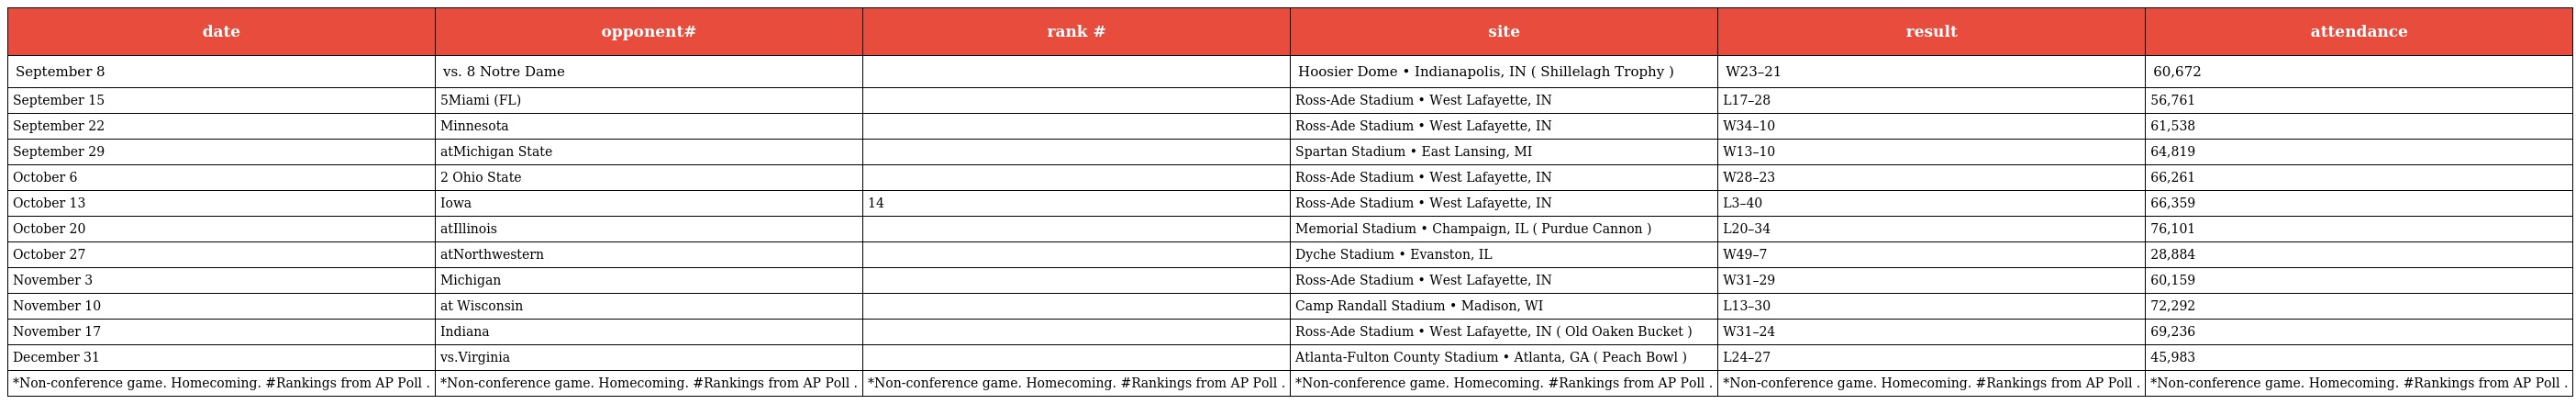
| date | opponent# | rank # | site | result | attendance |
 | --- | --- | --- | --- | --- | --- |
 | September 8 | vs. 8 Notre Dame |  | Hoosier Dome • Indianapolis, IN ( Shillelagh Trophy ) | W23–21 | 60,672 |
 | September 15 | 5Miami (FL) |  | Ross-Ade Stadium • West Lafayette, IN | L17–28 | 56,761 |
 | September 22 | Minnesota |  | Ross-Ade Stadium • West Lafayette, IN | W34–10 | 61,538 |
 | September 29 | atMichigan State |  | Spartan Stadium • East Lansing, MI | W13–10 | 64,819 |
 | October 6 | 2 Ohio State |  | Ross-Ade Stadium • West Lafayette, IN | W28–23 | 66,261 |
 | October 13 | Iowa | 14 | Ross-Ade Stadium • West Lafayette, IN | L3–40 | 66,359 |
 | October 20 | atIllinois |  | Memorial Stadium • Champaign, IL ( Purdue Cannon ) | L20–34 | 76,101 |
 | October 27 | atNorthwestern |  | Dyche Stadium • Evanston, IL | W49–7 | 28,884 |
 | November 3 | Michigan |  | Ross-Ade Stadium • West Lafayette, IN | W31–29 | 60,159 |
 | November 10 | at Wisconsin |  | Camp Randall Stadium • Madison, WI | L13–30 | 72,292 |
 | November 17 | Indiana |  | Ross-Ade Stadium • West Lafayette, IN ( Old Oaken Bucket ) | W31–24 | 69,236 |
 | December 31 | vs.Virginia |  | Atlanta-Fulton County Stadium • Atlanta, GA ( Peach Bowl ) | L24–27 | 45,983 |
 | *Non-conference game. Homecoming. #Rankings from AP Poll . | *Non-conference game. Homecoming. #Rankings from AP Poll . | *Non-conference game. Homecoming. #Rankings from AP Poll . | *Non-conference game. Homecoming. #Rankings from AP Poll . | *Non-conference game. Homecoming. #Rankings from AP Poll . | *Non-conference game. Homecoming. #Rankings from AP Poll . |